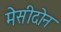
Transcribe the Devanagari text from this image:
मेसीदोन